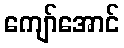
ကျော်အောင်